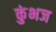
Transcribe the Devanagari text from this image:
कुंभज